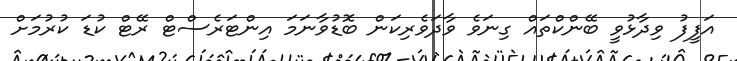
އަފީފު ވިދާޅުވީ ބޭންކްތައް ގިނަވެ ވާދަވެރިކަން ބޮޑުވާނަމަ އިންޓަރެސްޓް ރޭޓް ކުޑަ ކުރުމަށް